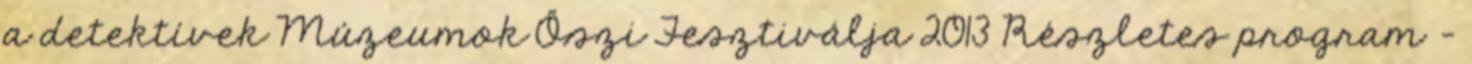
a detektívek Múzeumok Őszi Fesztiválja 2013 Részletes program -